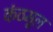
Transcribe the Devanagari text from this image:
कंठमूल